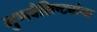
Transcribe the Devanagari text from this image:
गुणवैशिष्ट्यांना